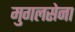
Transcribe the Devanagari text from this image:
मुगलसेना